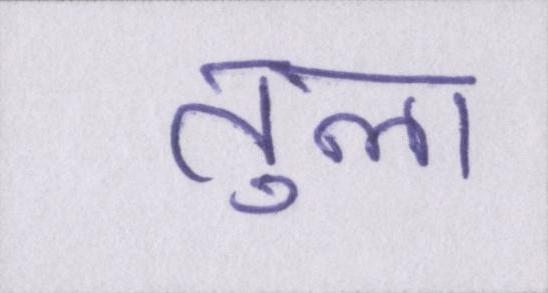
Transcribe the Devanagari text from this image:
तुला